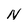
Character: N